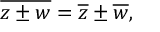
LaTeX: { \overline { { z \pm w } } } = { \overline { { z } } } \pm { \overline { { w } } } ,